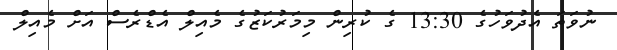
ނުވަތަ އެދުވަހުގެ 13:30 ގެ ކުރިން މިމަރުކަޒުގެ މެއިލް އެޑްރެސް އަށް މެއިލް